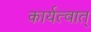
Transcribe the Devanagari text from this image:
कार्यत्वात्